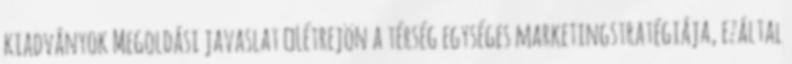
kiadványok Megoldási javaslat ▪Létrejön a térség egységes marketingstratégiája, ezáltal